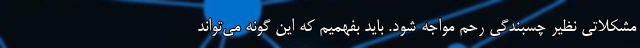
مشکلاتی نظیر چسبندگی رحم مواجه شود. باید بفهمیم که این گونه‌ می‌تواند